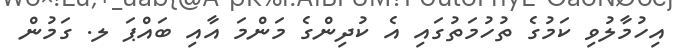
އިހުމާލުވި ކަމުގެ ތުހުމަތުގައި އެ ކުދިންގެ މަންމަ އާއި ބައްޕަ ލ. ގަމުން